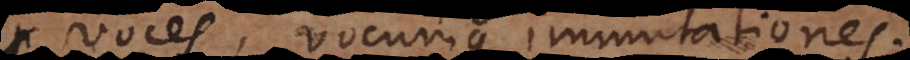
voces, vocumque immutationes.